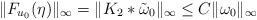
LaTeX: \begin{align*} \| F_{u_0}(\eta)\|_\infty = \| K_2 \ast \tilde{\omega}_0 \|_\infty \leq C \|\omega_0\|_\infty \end{align*}